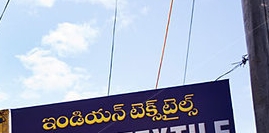
Language: telugu
Transcription: ఇండియన్ టెక్స్ టైల్స్